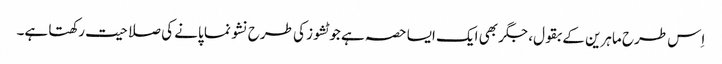
اِس طرح ماہرین کے بقول، جگر بھی ایک ایسا حصہ ہے جو ٹشوز کی طرح نشو نما پانے کی صلاحیت رکھتا ہے۔